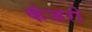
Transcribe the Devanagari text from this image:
कंजरो